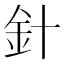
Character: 針